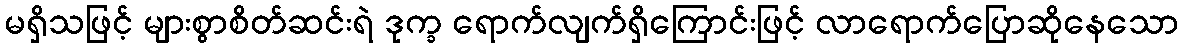
မရှိသဖြင့် များစွာစိတ်ဆင်းရဲ ဒုက္ခ ရောက်လျက်ရှိကြောင်းဖြင့် လာရောက်ပြောဆိုနေသော